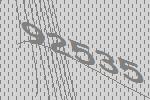
92535